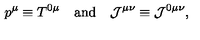
p ^ { \mu } \equiv T ^ { 0 \mu } \quad \mathrm { a n d } \quad { \cal J } ^ { \mu \nu } \equiv { \cal J } ^ { 0 \mu \nu } ,